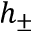
h _ { \pm }